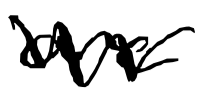
Text: are
Cross-out: mix
Writing tool: digital_black